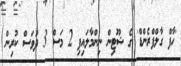
'ހާފް ގާލްފްރެންޑް' ގެ ޝޫޓިން ނިންމާލައިފި 2 މަސް 3 ދުވަސް ކުރިން